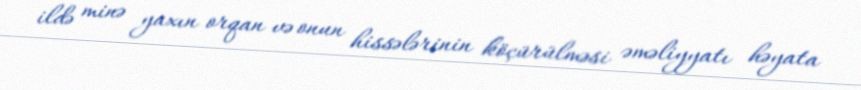
ildə minə yaxın orqan və onun hissələrinin köçürülməsi əməliyyatı həyata